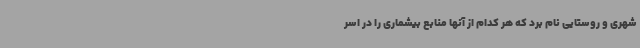
شهری و روستایی نام برد که هر کدام از آنها منابع بیشماری را در اسر